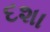
દશા